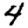
Digit: 4